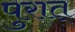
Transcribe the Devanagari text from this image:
पुरात्